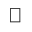
\boxed { \begin{array} { r l } \end{array} }